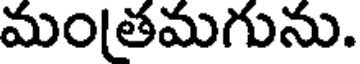
మంతమగును.